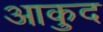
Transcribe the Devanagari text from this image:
आकुद